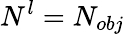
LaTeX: N^{l}=N_{obj}